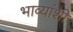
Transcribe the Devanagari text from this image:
भाव्यांशी